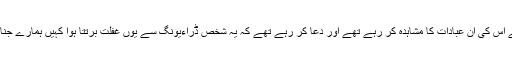
ہم کسی قدر پریشانی سے اس کی ان عبادات کا مشاہدہ کر رہے تھے اور دعا کر رہے تھے کہ یہ شخص ڈراءیونگ سے یوں غفلت برتتا ہوا کہیں ہمارے جنازے کا انتظام نہ کردے۔